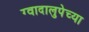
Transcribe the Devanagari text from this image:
ग्वादालुपेच्या